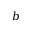
b